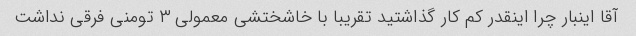
آقا اینبار چرا اینقدر کم کار گذاشتید تقریبا با خاشختشی معمولی ۳ تومنی فرقی نداشت